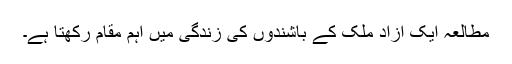
مطالعہ ایک آزاد ملک کے باشندوں کی زندگی میں اہم مقام رکھتا ہے۔